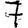
Digit: 7